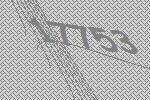
17753